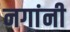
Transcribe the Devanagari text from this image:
नगांनी